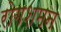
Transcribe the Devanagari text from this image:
रोगशमन